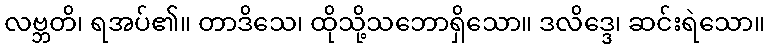
လဗ္ဘတိ၊ ရအပ်၏။ တာဒိသေ၊ ထိုသို့သဘောရှိသော။ ဒလိဒ္ဒေ၊ ဆင်းရဲသော။